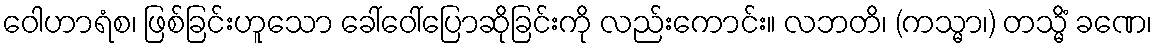
ဝေါဟာရံစ၊ ဖြစ်ခြင်းဟူသော ခေါ်ဝေါ်ပြောဆိုခြင်းကို လည်းကောင်း။ လဘတိ၊ (ကသ္မာ၊) တသ္မိံ ခဏေ၊